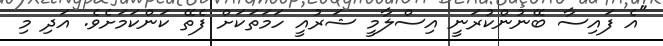
"އެ ފައިސާ ބޭނުންކުރަނީ އިސްލާމީ ޝަރުއީ ހަމަތަކަށް ފެތޭ ކަންކަމަށެވެ. އަދި މި